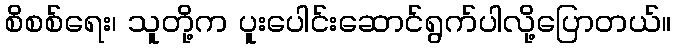
စိစစ်ရေး၊ သူတို့က ပူးပေါင်းဆောင်ရွက်ပါလို့ပြောတယ်။